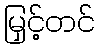
မြှင့်တင်